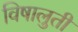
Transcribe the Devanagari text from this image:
विषालुती